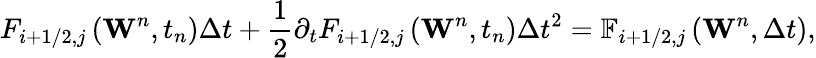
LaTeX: {{F}_{i+1/2,j}}\left({{\mathbf{W}}^{n}},{{t}_{n}}\right)\Delta t+\frac{1}{2}{{\partial}_{t}}{{F}_{i+1/2,j}}\left({{\mathbf{W}}^{n}},{{t}_{n}}\right)\Delta{{t}^{2}}={{\mathbb{F}}_{i+1/2,j}}\left({{\mathbf{W}}^{n}},\Delta t\right),